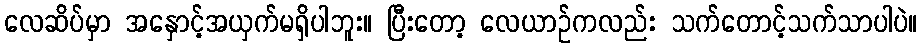
လေဆိပ်မှာ အနှောင့်အယှက်မရှိပါဘူး။ ပြီးတော့ လေယာဉ်ကလည်း သက်တောင့်သက်သာပါပဲ။